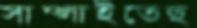
সাম্‌লাইতেছ